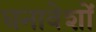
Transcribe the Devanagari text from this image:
धनावेशों